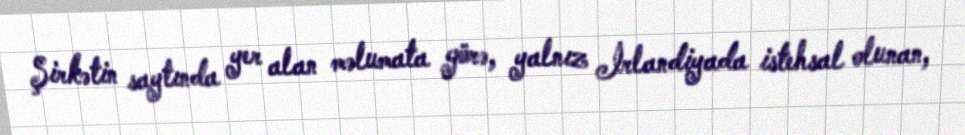
Şirkətin saytında yer alan məlumata görə, yalnız İrlandiyada istehsal olunan,